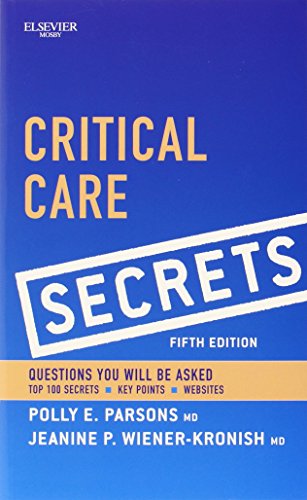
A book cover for Critical Care Secrets, 5e; Polly E. Parsons MD; Medical Books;